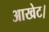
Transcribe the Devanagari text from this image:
आखेट।